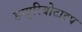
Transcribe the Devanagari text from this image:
डग्युरियोटाइप